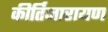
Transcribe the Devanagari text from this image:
कीर्तिनारायण